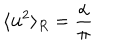
\langle { { \bf { u } } ^ { 2 } } \rangle _ { R } = \frac { \alpha } { \pi }